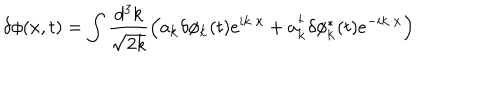
\delta \phi ( x , t ) = \int \frac { d ^ { 3 } k } { \sqrt { 2 k } } \left( a _ { \bf k } \delta \phi _ { \bf k } ( t ) e ^ { i { \bf k } \cdot { \bf x } } + a _ { \bf k } ^ { \dagger } \delta \phi _ { \bf k } ^ { * } ( t ) e ^ { - i { \bf k } \cdot { \bf x } } \right)